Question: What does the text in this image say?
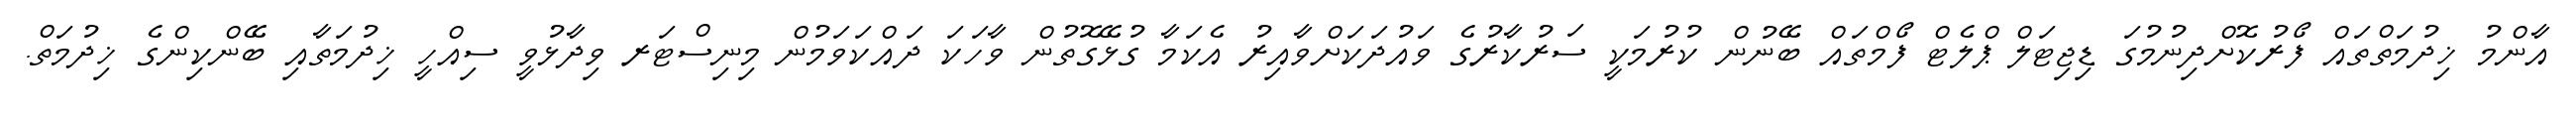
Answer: އާންމު ޚިދުމަތްތައް ފޯރުކޮށްދިނުމުގަ ޑިޖިޓަލް ޕްލެޓް ފޯމްތައް ބޭނުން ކުރުމަކީ ސަރުކާރުގެ ވައުދަކަށްވާއިރު އެކަމާ ގުޅޭގޮތުން ވާހަކަ ދައްކަވަމުން މިނިސްޓަރ ވިދާޅުވީ ސިއްހީ ޚިދުމަތާއި ބޭންކިންގެ ޚިދުމަތް.